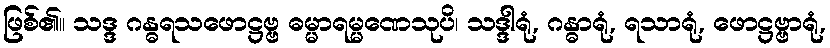
ဖြစ်၏။ သဒ္ဒ ဂန္ဓရသဖောဋ္ဌဗ္ဗ ဓမ္မာရမ္မဏေသုပိ၊ သဒ္ဒါရုံ, ဂန္ဓာရုံ, ရသာရုံ, ဖောဋ္ဌဗ္ဗာရုံ,